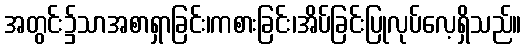
အတွင်း၌သာအစာရှာခြင်း၊ကစားခြင်း၊အိပ်ခြင်းပြုလုပ်လေ့ရှိသည်။